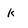
Character: k